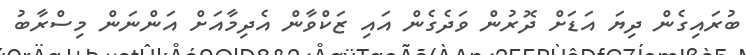
ބުރައިގެން ދިޔަ އަޑަށް ދޮރުން ވަދެގެން އައި ޒަކްވާން އެދިމާއަށް އަންނަން މިސްރާބު